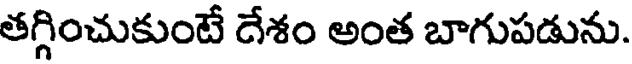
తగ్గించుకుంటే దేశం అంత బాగుపడును.